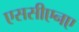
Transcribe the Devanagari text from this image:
एससीएनए